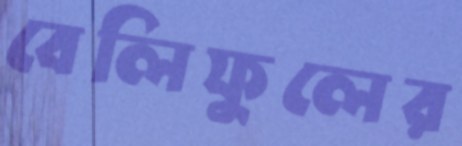
বেলিফুলের